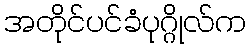
အတိုင်ပင်ခံပုဂ္ဂိုလ်က